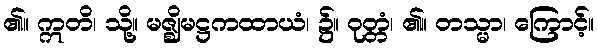
၏။ ဣတိ၊ သို့။ မဇ္ဈိမဋ္ဌကထာယံ၊ ၌။ ဝုတ္တံ၊ ၏။ တသ္မာ၊ ကြောင့်။